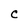
Character: C